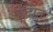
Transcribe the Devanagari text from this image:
ईंद्रात